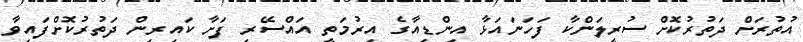
އުތުރަށް ދަތުރުކޮށް ސުރީލަންކާ ފަހަނައަޅާ އިންޑިއާގެ އިރުމަތީ އައްސޭރި ފަށާ ކައިރިން ދަތުރުކޮށްފައިވާ